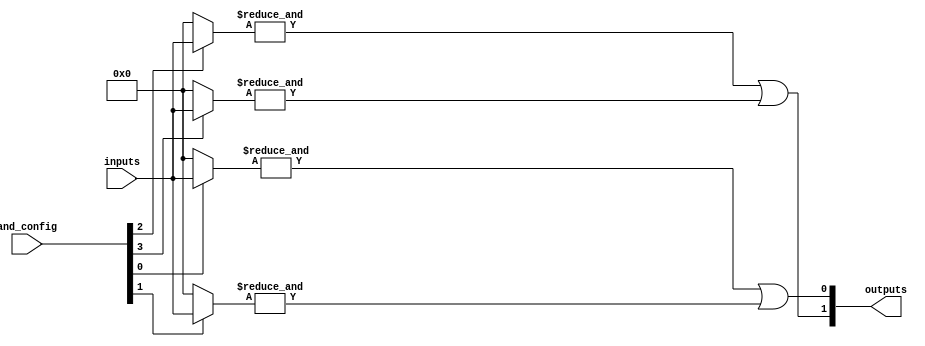
module programmable_array_logic (
    input  wire [N-1:0] inputs,    // N inputs
    input  wire [M-1:0] and_config, // M programmable configuration bits for AND gates
    output wire [P-1:0] outputs     // P outputs
);

// Parameter definitions (customize as needed)
parameter N = 4; // Number of inputs
parameter M = 4; // Number of AND gates
parameter P = 2; // Number of outputs

// Internal wires for AND gate outputs
wire [M-1:0] and_outputs;

// AND array (programmable)
genvar i;
generate
    for (i = 0; i < M; i = i + 1) begin : and_array
        wire [N-1:0] and_inputs;
        
        // Connect inputs to AND gate based on programming configuration
        assign and_inputs = (and_config[i] == 1'b1) ? inputs : 0; // Example: simple connection logic
        assign and_outputs[i] = &and_inputs; // AND operation
    end
endgenerate

// OR array (fixed)
assign outputs[0] = and_outputs[0] | and_outputs[1]; // Example OR connections
assign outputs[1] = and_outputs[2] | and_outputs[3]; // Example OR connections

endmodule